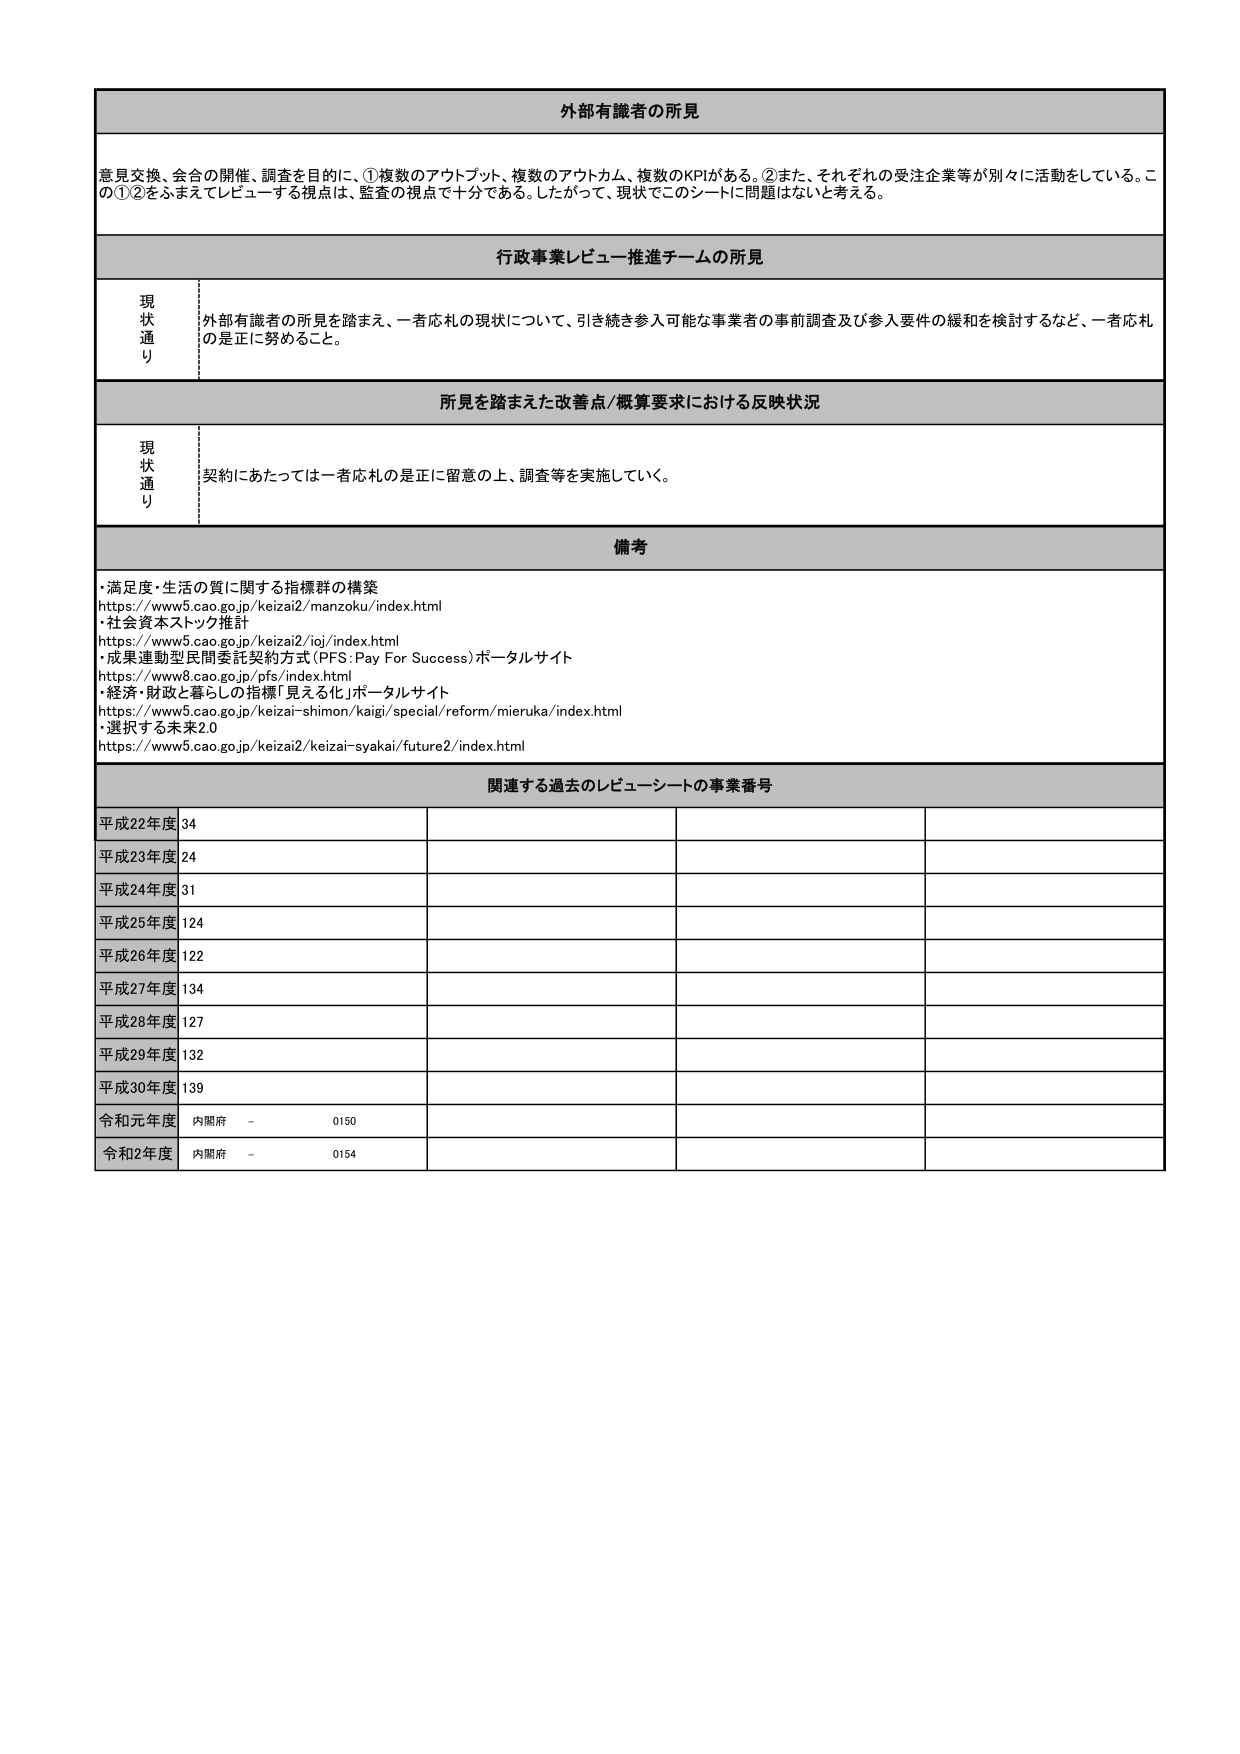
外部有識者の所見

意見交換、会合の開催、調査を目的に、①複数のアウトプット、複数のアウトカム、複数のKPIがある。②また、それぞれの受注企業等が別々に活動をしている。この①②をふまえてレビューする視点は、監査の視点で十分である。したがって、現状でこのシートに問題はないと考える。

行政事業レビュー推進チームの所見

現状通り
外部有識者の所見を踏まえ、一者応札の現状について、引き続き参入可能な事業者の事前調査及び参入要件の緩和を検討するなど、一者応札の是正に努めること。

所見を踏まえた改善点/概算要求における反映状況

現状通り
契約にあたっては一者応札の是正に留意の上、調査等を実施していく。

備考

・満足度・生活の質に関する指標群の構築
https://www5.cao.go.jp/keizai2/manzoku/index.html
・社会資本ストック推計
https://www5.cao.go.jp/keizai2/ioj/index.html
・成果連動型民間委託契約方式（PFS：Pay For Success）ポータルサイト
https://www8.cao.go.jp/pfs/index.html
・経済・財政と暮らしの指標「見える化」ポータルサイト
https://www5.cao.go.jp/keizai-shimon/kaigi/special/reform/mieruka/index.html
・選択する未来2.0
https://www5.cao.go.jp/keizai2/keizai-syakai/future2/index.html

関連する過去のレビューシートの事業番号

平成22年度 34
平成23年度 24
平成24年度 31
平成25年度 124
平成26年度 122
平成27年度 134
平成28年度 127
平成29年度 132
平成30年度 139
令和元年度 内閣府 - 0150
令和2年度 内閣府 - 0154